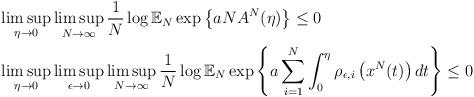
LaTeX: \begin{align*} & \limsup_{\eta\rightarrow0}\limsup_{N\rightarrow\infty}\frac{1}{N}\log\mathbb{E}_{N}\exp\left\{ aNA^{N}(\eta)\right\} \le0\\ & \limsup_{\eta\rightarrow0}\limsup_{\epsilon\rightarrow0}\limsup_{N\rightarrow\infty}\frac{1}{N}\log\mathbb{E}_{N}\exp\left\{ a\sum_{i=1}^{N}\int_{0}^{\eta}\rho_{\epsilon,i}\left(x^{N}(t)\right)dt\right\} \le0\end{align*}